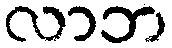
လာဘ